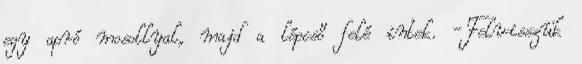
egy apró mosollyal, majd a lépcső felé intek. -Felvisszük